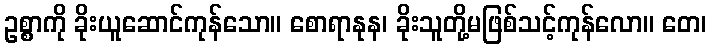
ဥစ္စာကို ခိုးယူဆောင်ကုန်သော။ စောရာနုန၊ ခိုးသူတို့မဖြစ်သင့်ကုန်လော။ တေ၊